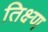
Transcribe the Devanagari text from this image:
तिक्ष्ण